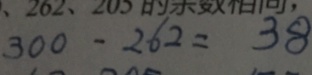
3 0 0 - 2 6 2 = 3 8